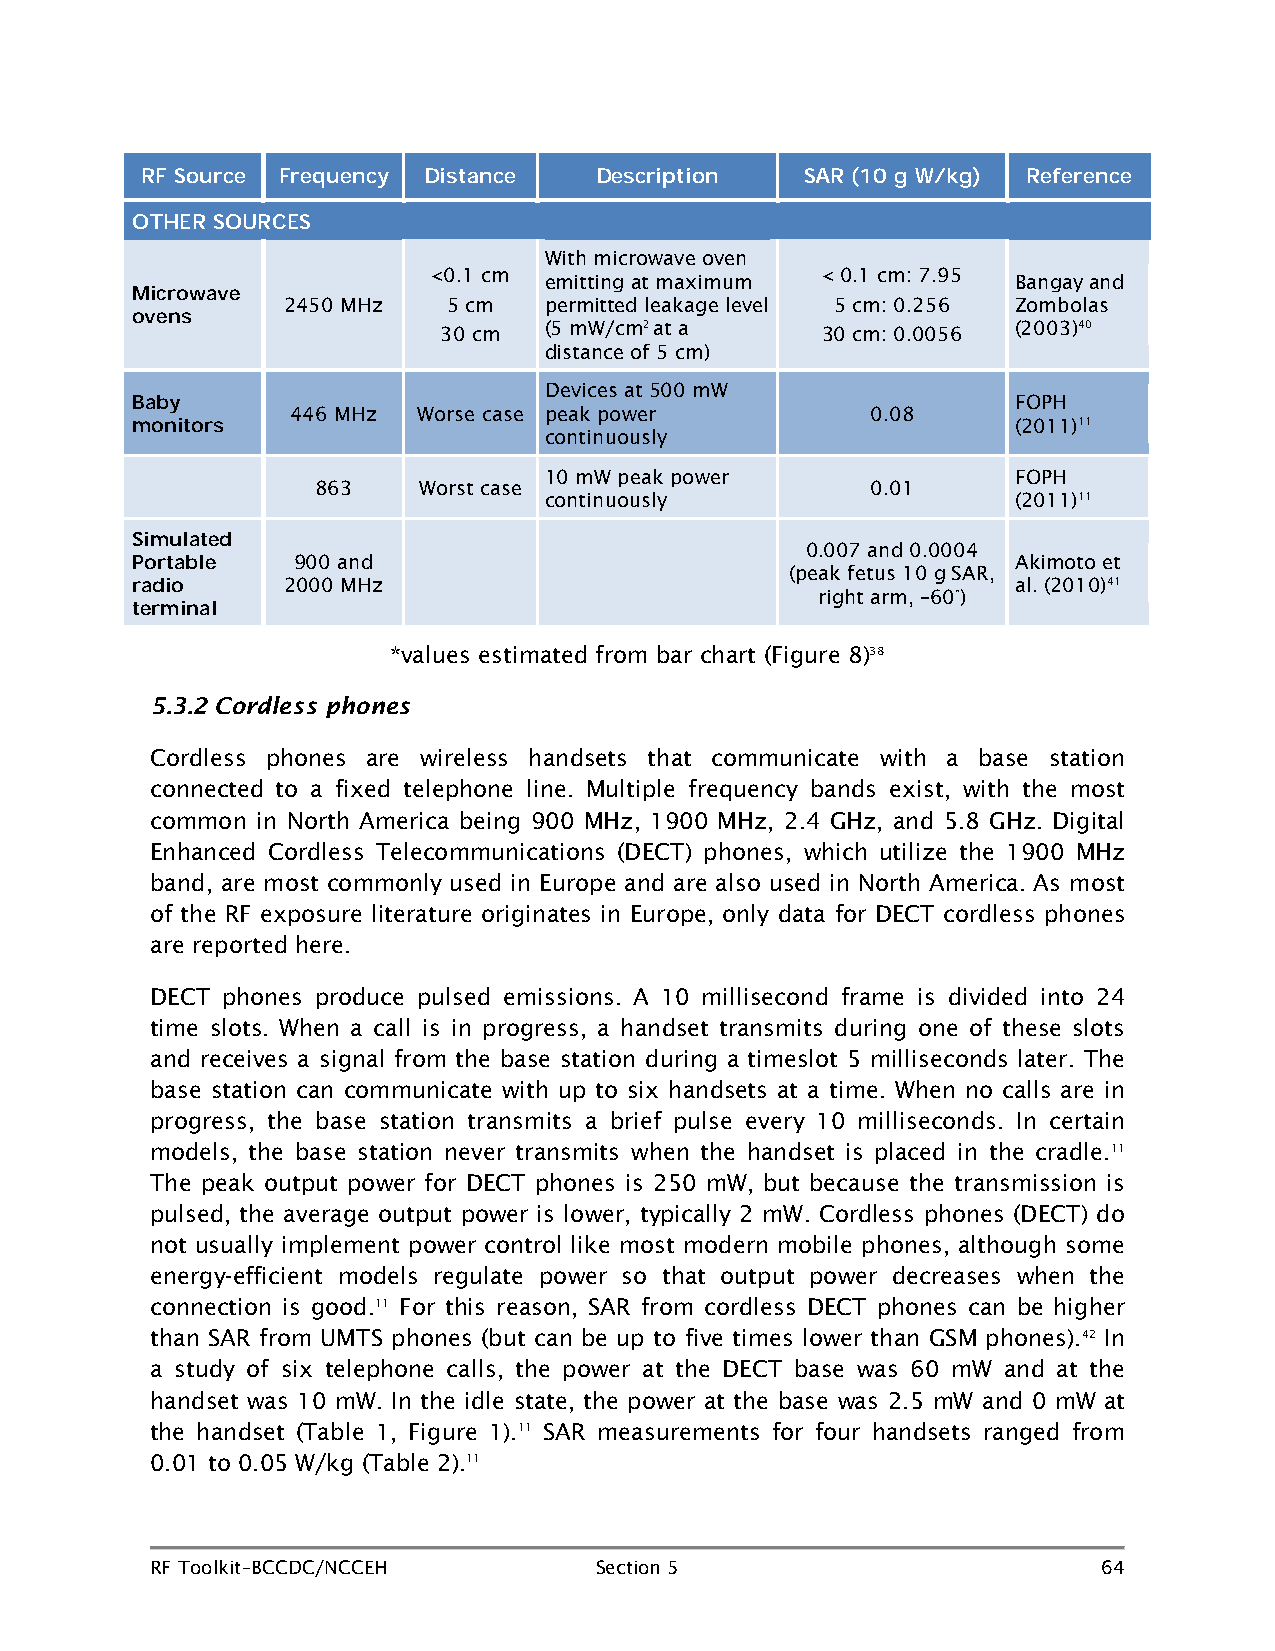
RF Source Frequency Distance  Description   SAR (10 g W/kg) Reference
 OTHER SOURCES
 With microwave oven
 <0.1 cm emitting at maximum < 0.1 cm: 7.95 Bangay and
 Microwave 2450 MHz   5 cm  permitted leakage level 5 cm: 0.256 Zombolas
 ovens               30 cm  (5 mW/cm2 at a    30 cm: 0.0056 (2003)40
 distance of 5 cm)
 Devices at 500 mW
 FOPH
 Baby      446 MHz  Worse case peak power         0.08
 (2011)11
 monitors                   continuously
 10 mW peak power               FOPH
 863    Worst case                    0.01
 continuously                   (2011)11
 Simulated                                   0.007 and 0.0004
 900 and                                         Akimoto et
 Portable                                   (peak fetus 10 g SAR,
 2000 MHz                                        al. (2010)41
 radio                                        right arm, –60°)
 terminal
 *values estimated from bar chart (Figure 8)38
 5.3.2 Cordless phones
 Cordless phones are wireless handsets that communicate with a base station
 connected to a fixed telephone line. Multiple frequency bands exist, with the most
 common in North America being 900 MHz, 1900 MHz, 2.4 GHz, and 5.8 GHz. Digital
 Enhanced Cordless Telecommunications (DECT) phones, which utilize the 1900 MHz
 band, are most commonly used in Europe and are also used in North America. As most
 of the RF exposure literature originates in Europe, only data for DECT cordless phones
 are reported here.
 DECT phones produce pulsed emissions. A 10 millisecond frame is divided into 24
 time slots. When a call is in progress, a handset transmits during one of these slots
 and receives a signal from the base station during a timeslot 5 milliseconds later. The
 base station can communicate with up to six handsets at a time. When no calls are in
 progress, the base station transmits a brief pulse every 10 milliseconds. In certain
 models, the base station never transmits when the handset is placed in the cradle.11
 The peak output power for DECT phones is 250 mW, but because the transmission is
 pulsed, the average output power is lower, typically 2 mW. Cordless phones (DECT) do
 not usually implement power control like most modern mobile phones, although some
 energy-efficient models regulate power so that output power decreases when the
 connection is good.11 For this reason, SAR from cordless DECT phones can be higher
 than SAR from UMTS phones (but can be up to five times lower than GSM phones).42 In
 a study of six telephone calls, the power at the DECT base was 60 mW and at the
 handset was 10 mW. In the idle state, the power at the base was 2.5 mW and 0 mW at
 the handset (Table 1, Figure 1).11 SAR measurements for four handsets ranged from
 0.01 to 0.05 W/kg (Table 2).11
 RF Toolkit–BCCDC/NCCEH       Section 5                         64